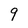
Character: 9